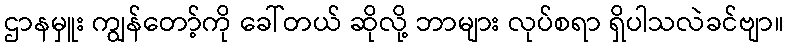
ဌာနမှူး ကျွန်တော့်ကို ခေါ်တယ် ဆိုလို့ ဘာများ လုပ်စရာ ရှိပါသလဲခင်ဗျာ။